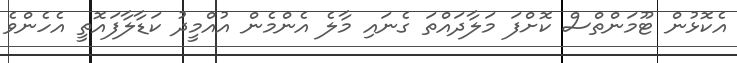
އެކޮޅުން ޓޫމަންތްސް ކޮށްފަ މަލާދައްތަ ގެނައި މާލެ އެންމެން އުއްމީދު ކަޑާލާފައޮތީ އެހެންވެ